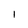
Character: I